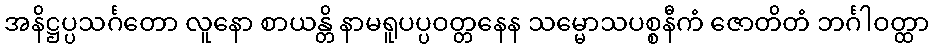
အနိဋ္ဌပ္ပသင်္ဂတော လူနော စာယန္တိ နာမရူပပ္ပဝတ္တနေန သမ္မောသပစ္စနီကံ ဇောတိတံ ဘင်္ဂါဝတ္ထာ